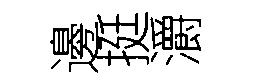
邊挺灂